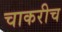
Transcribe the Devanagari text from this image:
चाकरीच